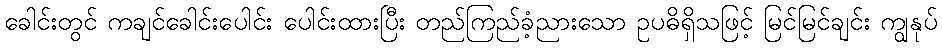
ခေါင်းတွင် ကချင်ခေါင်းပေါင်း ပေါင်းထားပြီး တည်ကြည်ခံ့ညားသော ဥပဓိရှိသဖြင့် မြင်မြင်ချင်း ကျွနုပ်